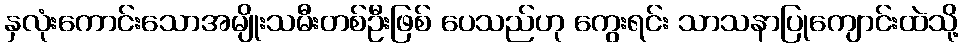
နှလုံးကောင်းသောအမျိုးသမီးတစ်ဦးဖြစ် ပေသည်ဟု ကွေးရင်း သာသနာပြုကျောင်းထဲသို့